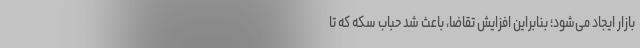
بازار ایجاد می‌شود؛ بنابراین افزایش تقاضا، باعث شد حباب سکه که تا